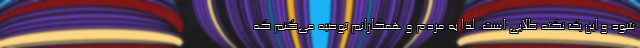
شود و این یک نکته طلایی است. لذا به مردم و همکارانم توصیه می‌کنم که